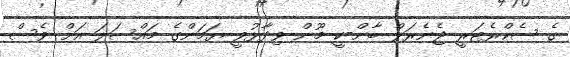
ގެ ސެކްރެޓަރީ ޖެނެރަލް ބާން-ކީ މޫން ވިދާޅުވީ ޔަމަންގެ މައްސަލަ އަށް ވެސް